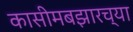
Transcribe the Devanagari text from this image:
कासीमबझारच्या